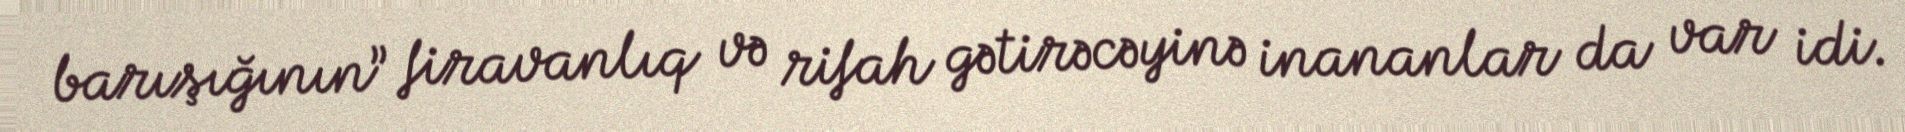
barışığının” firavanlıq və rifah gətirəcəyinə inananlar da var idi.